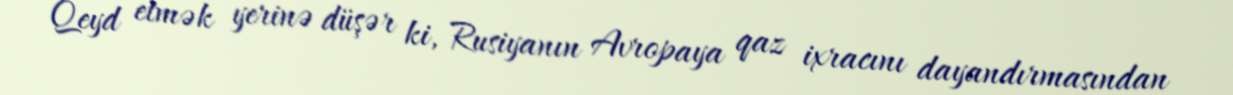
Qeyd etmək yerinə düşər ki, Rusiyanın Avropaya qaz ixracını dayandırmasından